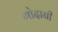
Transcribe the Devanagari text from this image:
गोदानी